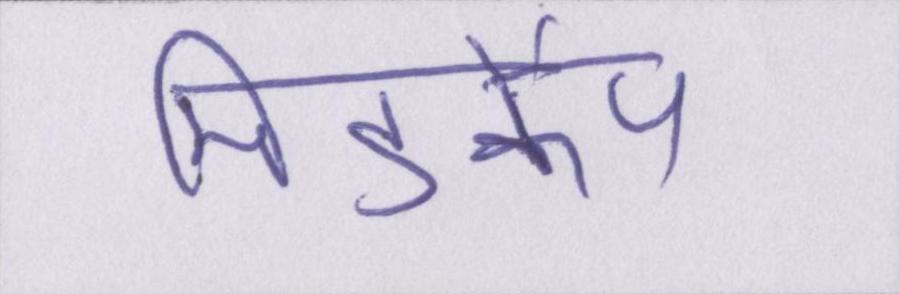
मिडकैप